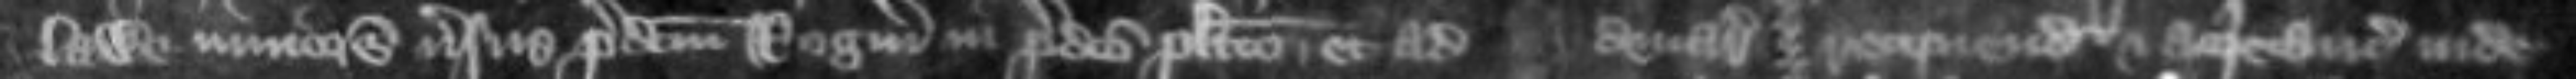
lawe juniorem versus predictum Rogerum in predicto placito et ad denarios recipiendum et acquitanciam inde